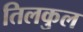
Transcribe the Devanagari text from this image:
तिलकुल